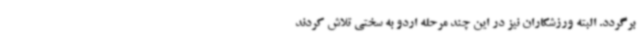
برگردد. البته ورزشکاران نیز در این چند مرحله اردو به سختی تلاش کردند